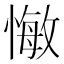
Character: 𢠨